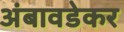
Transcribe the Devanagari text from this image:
अंबावडेकर